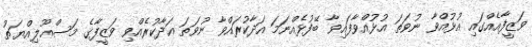
ވަޒީފާއެއްގައި އުޅުއްވާ ނުވަތަ އުޅުއްވާފައިވާ ބޭފުޅެއްނަމަ އަދާކުރައްވާ ނުވަތަ އަދާކުރެއްވި ވަޒީފާގެ މަސްޢޫލިއްޔަތު